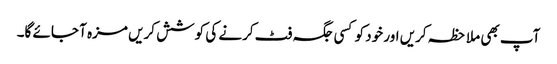
آپ بھی ملاحظہ کریں اور خود کو کسی جگہ فٹ کرنے کی کوشش کریں مزہ آ جائے گا۔